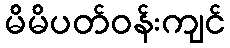
မိမိပတ်ဝန်းကျင်